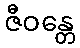
ဇီဝန္တေ